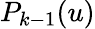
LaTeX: P_{k-1}(u)